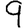
Digit: 9